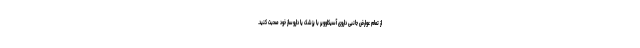
از تمام عوارض جانبی داروی آسیکلوویر با پزشک یا داروساز خود صحبت کنید.